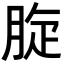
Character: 𦛔